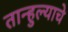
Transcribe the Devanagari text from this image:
तान्हुल्याचे